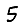
Digit: 5